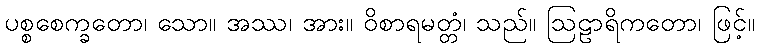
ပစ္စစေက္ခတော၊ သော။ အဿ၊ အား။ ဝိစာရမတ္တံ၊ သည်။ ဩဠာရိကတော၊ ဖြင့်။